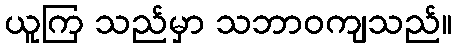
ယူကြ သည်မှာ သဘာဝကျသည်။